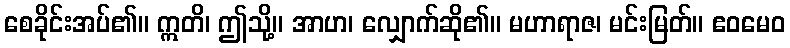
စေခိုင်းအပ်၏။ ဣတိ၊ ဤသို့။ အာဟ၊ လျှောက်ဆို၏။ မဟာရာဇ၊ မင်းမြတ်။ ဧဝမေဝ